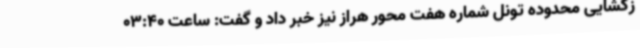
زگشایی محدوده تونل شماره هفت محور هراز نیز خبر داد و گفت: ساعت 03:40